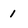
Character: 1